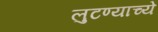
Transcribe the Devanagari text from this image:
लुटण्याच्ये